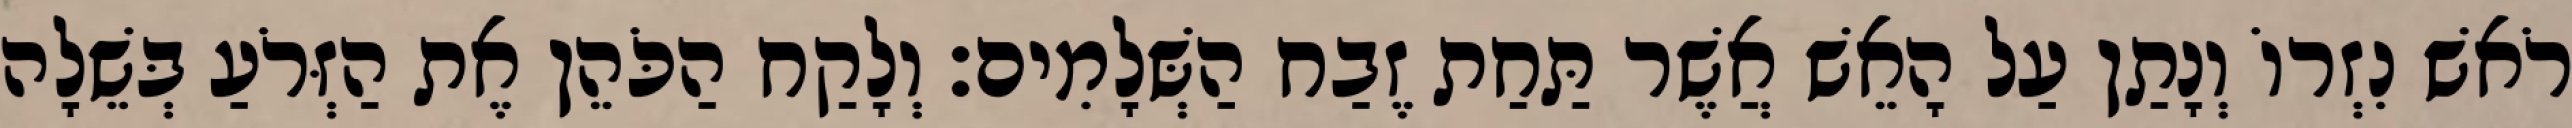
רֹאשׁ נִזְרוֹ וְנָתַן עַל הָאֵשׁ אֲשֶׁר תַּחַת זֶבַח הַשְּׁלָמִים׃ וְלָקַח הַכֹּהֵן אֶת הַזְּרֹעַ בְּשֵׁלָה